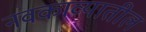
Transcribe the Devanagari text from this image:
नवकाव्यातील